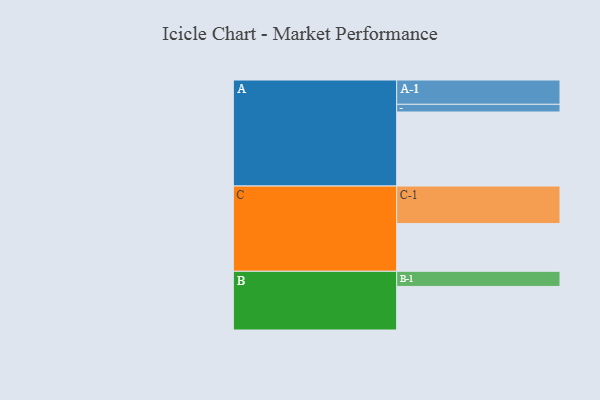
{"axis": {"x": "Segment", "y": "Value"}, "legend": ["", "A", "B", "C"], "data": [{"x": "A", "y": 588, "type": ""}, {"x": "B", "y": 346, "type": ""}, {"x": "C", "y": 379, "type": ""}, {"x": "A-1", "y": 193, "type": "A"}, {"x": "A-2", "y": 61, "type": "A"}, {"x": "B-1", "y": 120, "type": "B"}, {"x": "C-1", "y": 298, "type": "C"}]}